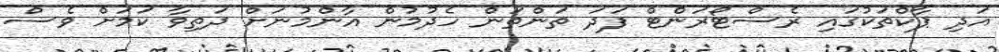
އަދި ޕާކްތަކުގައި ރެސްޓޯރަންޓް ފަދަ ތަންތަން ހެދުމުން އާންމުނަށް ދަތިވާ ކަމަށް ވެސް